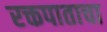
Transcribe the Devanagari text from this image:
रक्तपाताचा